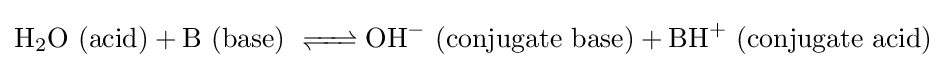
{\ce {H2O}}{\text{ (acid)}}+{\ce {B}}{\text{ (base) }}{\ce {<=> OH-}}{\text{ (conjugate base)}}+{\ce {BH+}}{\text{ (conjugate acid)}}